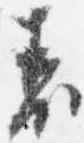
表